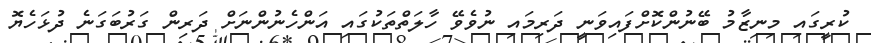
ކުރީގައި މިނިޒާމު ބޭނުންކޮށްފައިވަނީ ދަރިމައި ނުވެވޭ ހާލަތްތަކުގައި އަންހެނުންނަށް ދަރިން ގަރުބަގަނެ ދުޅަހެޔޮ